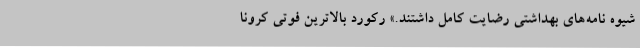
شیوه نامه‌های بهداشتی رضایت کامل داشتند.» رکورد بالاترین فوتی کرونا